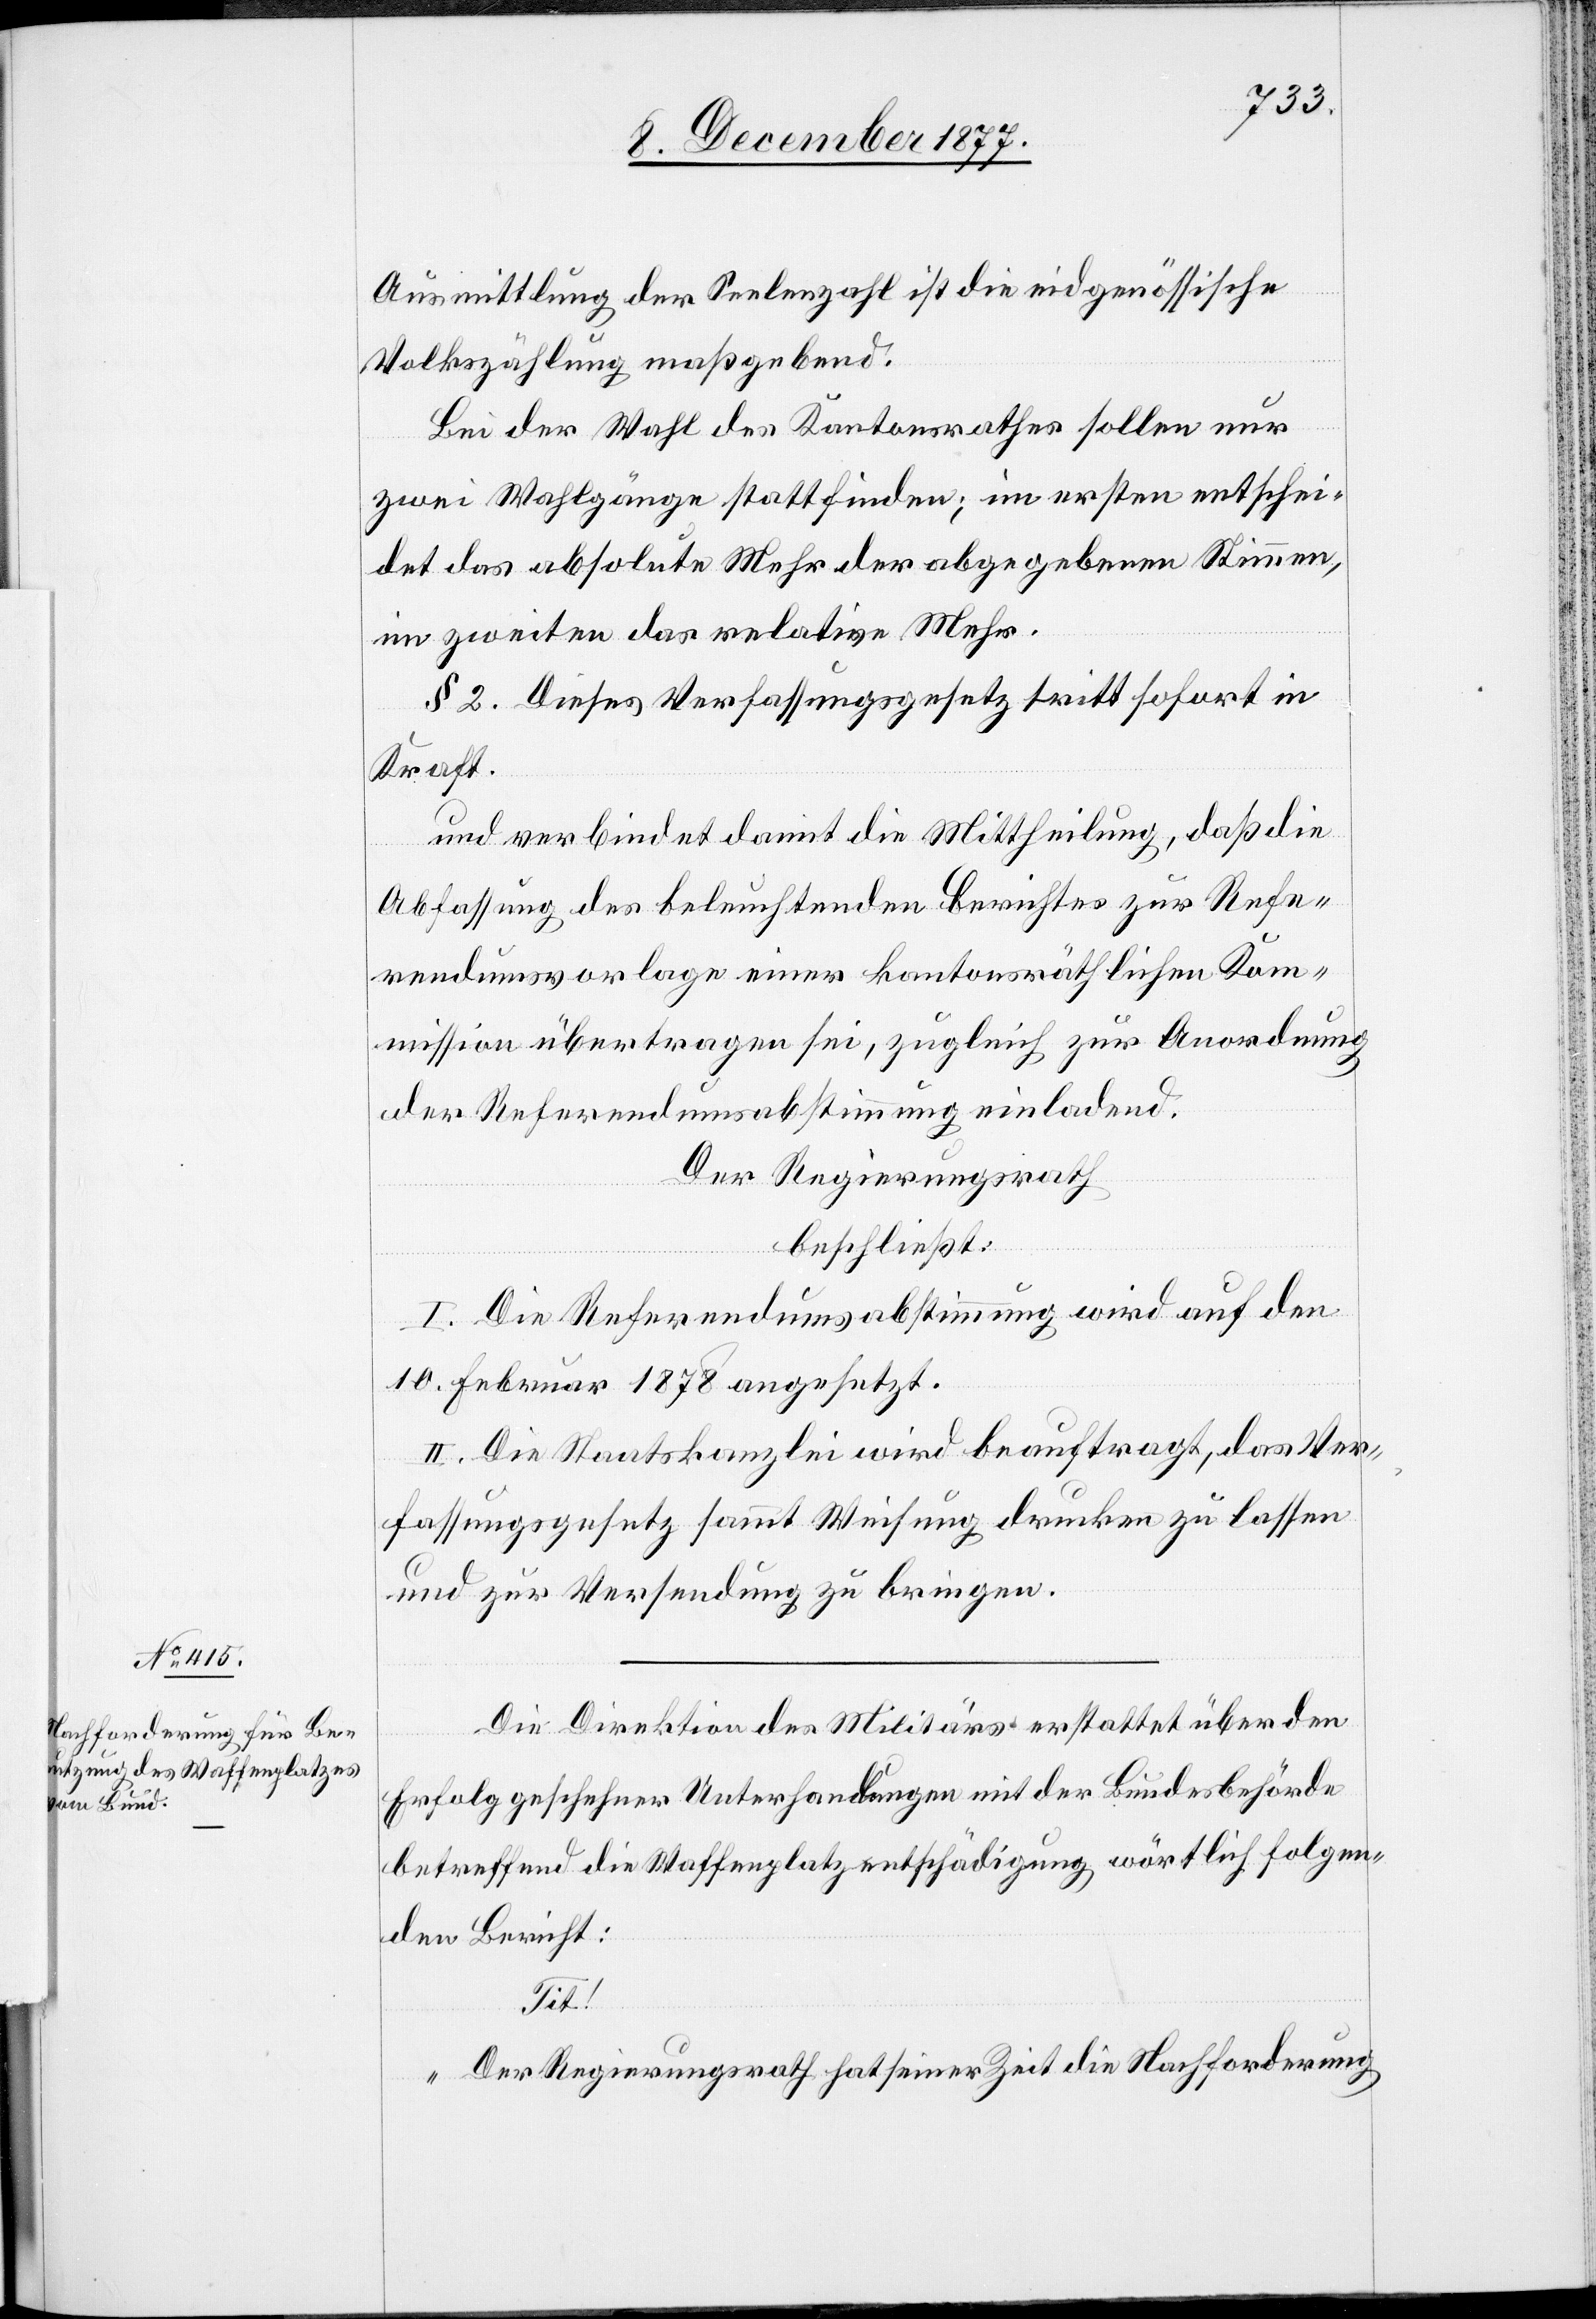
Ausmittlung der Seelenzahl ist die eidgenössische
Volkszählung maßgebend.
Bei der Wahl des Kantonsrathes sollen nur
zwei Wahlgänge stattfinden; im ersten entschei¬
det das absolute Mehr der abgegebenen Stimmen,
im zweiten das relative Mehr.
§ 2. Dieses Verfassungsgesetz tritt sofort in
Kraft.
und verbindet damit die Mittheilung, daß die
Abfassung des beleuchtenden Berichtes zur Refe¬
rendumsvorlage einer kantonsräthlichen Kom¬
mission übertragen sei, zugleich zur Anordnung
der Referendumsabstimmung einladend.
Der Regierungsrath
beschließt:
I. Die Referendumsabstimmung wird auf den
10. Februar 1878 angesetzt.
II. Die Staatskanzlei wird beauftragt, das Ver¬
fassungsgesetz sammt Weisung drucken zu lassen
und zur Versendung zu bringen.
Die Direktion des Militärs erstattet über den
Erfolg geschehner Unterhandlungen mit der Bundesbehörde
betreffend die Waffenplatzentschädigung wörtlich folgen¬
den Bericht:
Tit!
„Der Regierungsrath hast seiner Zeit die Nachforderung